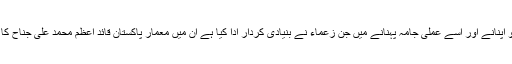
اس حکمتِ عملی کو اپنانے اور اسے عملی جامہ پہنانے میں جن زعماء نے بنیادی کردار ادا کیا ہے ان میں معمارِ پاکستان قائد اعظم محمد علی جناح کا نام سرفہرست ہے۔